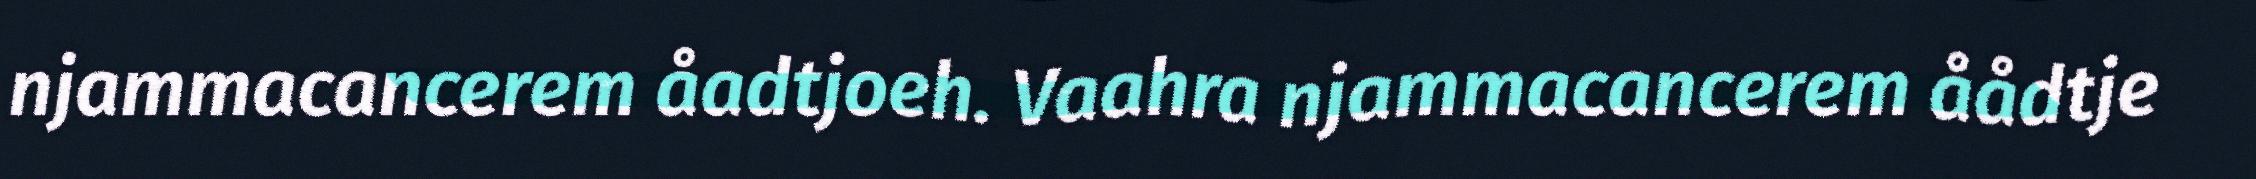
njammacancerem åadtjoeh. Vaahra njammacancerem åådtje